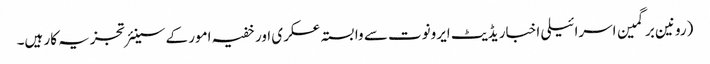
(رونین برگمین اسرائیلی اخبار یڈیٹ ایرونوت سے وابستہ عسکری اور خفیہ امور کے سینئر تجزیہ کار ہیں۔